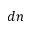
d n